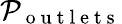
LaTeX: \mathcal{P}_{\mathrm{~o~u~t~l~e~t~s~}}